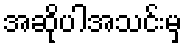
အဆိုပါအသင်းမှ